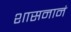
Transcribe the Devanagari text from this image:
शासनानं